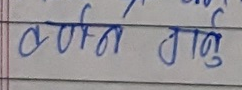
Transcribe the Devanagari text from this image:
वर्णन गर्नु